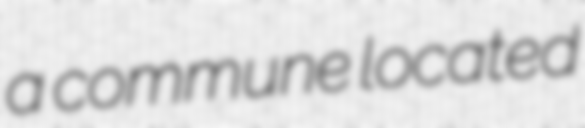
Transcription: a commune located